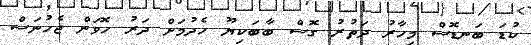
ކުޑަ ބަނޑޮސް މިހާރު ދަތުރު ގޮސް ބާބަކިޔޫ ހެދުމަށް ދަރު ހޮވަން ޖެހުނަސް